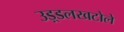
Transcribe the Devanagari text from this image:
उड़्डलखटोले